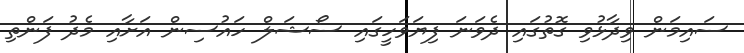
ސައިމަން ވިދާޅުވި ގޮތުގައި ދެވަނަ ފިޔަވަހީގައި ސޯޝަލް ހައުސިން އަށާއި މެދު ފަންތި